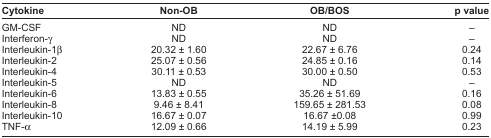
<table><thead><tr><td><b>Cytokine</b></td><td><b>Non-OB</b></td><td><b>OB/BOS</b></td><td><b>p value</b></td></tr></thead><tbody><tr><td>GM-CSF</td><td>ND</td><td>ND</td><td>–</td></tr><tr><td>Interferon-γ</td><td>ND</td><td>ND</td><td>–</td></tr><tr><td>Interleukin-1β</td><td>20.32 ± 1.60</td><td>22.67 ± 6.76</td><td>0.24</td></tr><tr><td>Interleukin-2</td><td>25.07 ± 0.56</td><td>24.85 ± 0.16</td><td>0.14</td></tr><tr><td>Interleukin-4</td><td>30.11 ± 0.53</td><td>30.00 ± 0.50</td><td>0.53</td></tr><tr><td>Interleukin-5</td><td>ND</td><td>ND</td><td>–</td></tr><tr><td>Interleukin-6</td><td>13.83 ± 0.55</td><td>35.26 ± 51.69</td><td>0.16</td></tr><tr><td>Interleukin-8</td><td>9.46 ± 8.41</td><td>159.65 ± 281.53</td><td>0.08</td></tr><tr><td>Interleukin-10</td><td>16.67 ± 0.07</td><td>16.67 ±0.08</td><td>0.99</td></tr><tr><td>TNF-α</td><td>12.09 ± 0.66</td><td>14.19 ± 5.99</td><td>0.23</td></tr></tbody></table>